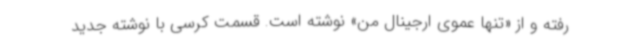
رفته و از «تنها عموی ارجینال من» نوشته است. قسمت کرسی با نوشته جدید